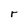
Character: r